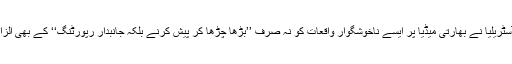
دوسری جانب آسٹریلیا نے بھارتی میڈیا پر ایسے ناخوشگوار واقعات کو نہ صرف ’’بڑھا چڑھا کر پیش کرنے بلکہ جانبدار رپورٹنگ‘‘ کے بھی الزامات عائد کئے۔